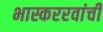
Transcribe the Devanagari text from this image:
भास्कररवांची